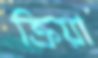
ক্রিয়া